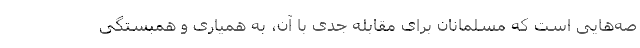
صه‌هایی است که مسلمانان برای مقابله جدّی با آن، به همیاری و همبستگی